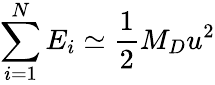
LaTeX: \sum_{i=1}^{N}E_{i}\simeq\frac{1}{2}M_{D}u^{2}